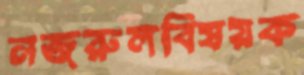
নজরুলবিষয়ক